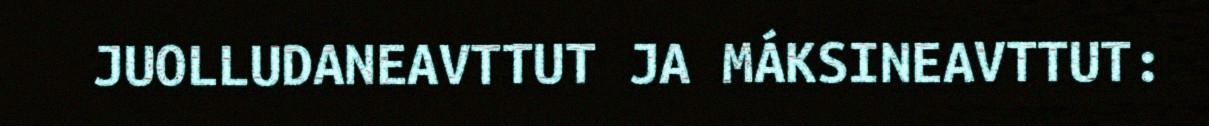
JUOLLUDANEAVTTUT JA MÁKSINEAVTTUT: